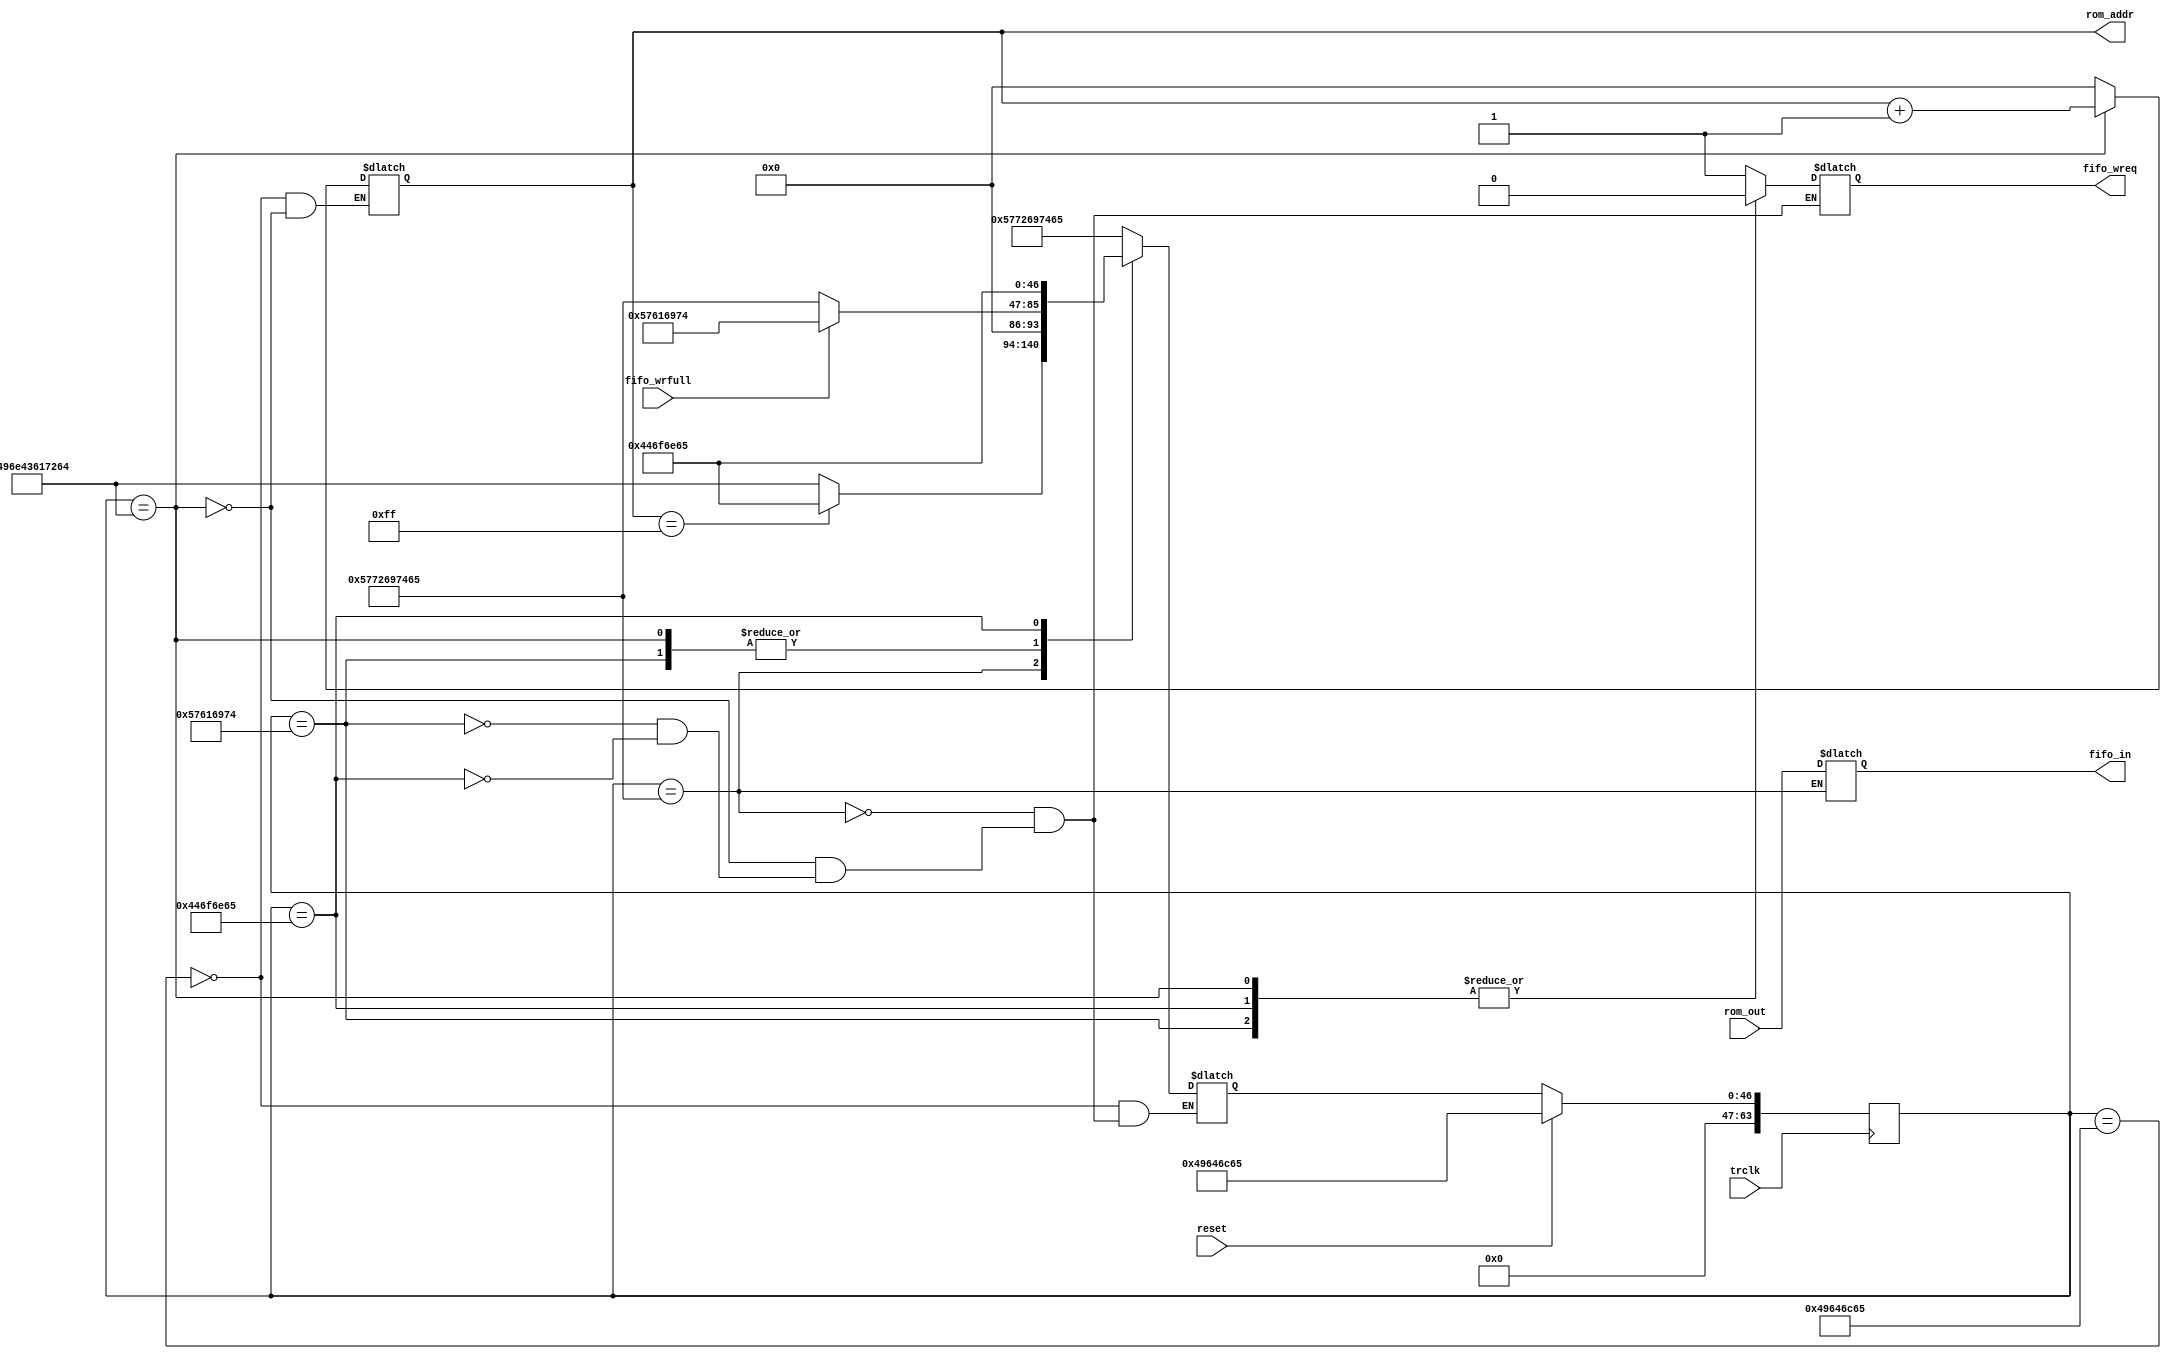
`timescale 1ns / 1ps
//////////////////////////////////////////////////////////////////////////////////
// Company: 
// Engineer: 
// 
// Design Name: 
// Module Name: Block_rom
// Project Name: 
// Target Devices: 
// Tool Versions: 
// Description: 
// 
// Dependencies: 
// 
// Revision:
// Revision 0.01 - File Created
// Additional Comments:
// 
//////////////////////////////////////////////////////////////////////////////////


module Block_rom(
    input trclk,
    input reset,
    input[31:0] rom_out,
    input fifo_wrfull,
    output reg[7:0] rom_addr ='h0 ,    
    output reg[31:0] fifo_in = 'b0,
    output reg fifo_wreq = 'b0
    );
    reg [63:0]wrctrlstate ='b0;
    reg [63:0]rdctrlstate ='b0;
    reg [63:0]next_state_fi ='b0;
    reg [63:0]next_state_fo ='b0; 
    //reg flag;
    parameter IDLE   = 'h49646c65;
    parameter WRITE  = 'h5772697465;
    parameter INCADR = 'h496e43617264;
    parameter WAIT   = 'h57616974;
    parameter DONE   = 'h446f6e65;
    
    reg [31:0] cunter ='b0;
    
    always@(posedge trclk)begin     //stste reg
        if(reset)
        begin
            wrctrlstate <= IDLE;       
        end
        else begin 
            wrctrlstate <= next_state_fi;
        end 
    end
    
    always@(*)begin         //next stste logic
        case(wrctrlstate)
            IDLE:   
                begin
                next_state_fi = WRITE; 
                end              
            WRITE:     
                begin
                if(rom_addr =='hff) //if(fifo_wrfull || rom_addr =='hff)
                    next_state_fi = DONE;               
                else
                    next_state_fi = INCADR; 
                    end               
            INCADR: 
                begin
                if(fifo_wrfull)
                    next_state_fi = WAIT;
                else
                    next_state_fi = WRITE;
                    end
            WAIT:  
                begin
                    if(fifo_wrfull)
                        next_state_fi <= WAIT;   
                    else
                        next_state_fi <= WRITE;     
                end            
            DONE:   begin
                next_state_fi <=DONE;
                    end
        endcase
    end
    
    always@(*)begin     //output logic
        case(wrctrlstate)
            IDLE:
                begin
                 rom_addr ='h0;
                end
            WRITE:
                begin
                fifo_wreq = 'b1;
                fifo_in = rom_out;
                end
            INCADR:
                begin
                fifo_wreq = 'b0;
                rom_addr = rom_addr + 'b1;
                end
            WAIT:
                begin
                fifo_wreq = 'b0; 
                end
            DONE:
                begin
                fifo_wreq = 'b0; 
                end
        endcase
    end    
endmodule